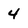
Character: 4